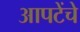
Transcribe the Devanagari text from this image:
आपटेंचे